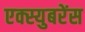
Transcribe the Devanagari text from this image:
एक्स्युबरेंस